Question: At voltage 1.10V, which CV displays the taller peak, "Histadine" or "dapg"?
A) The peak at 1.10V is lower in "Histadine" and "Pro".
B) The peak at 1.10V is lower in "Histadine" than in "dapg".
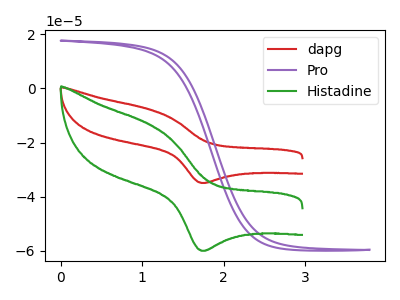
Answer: <think>The red curve "dapg" has an anodic peak at (1.10V, -7.80uA) and a cathodic peak at (1.75V, -34.90uA). The purple curve "Pro" has no peaks. The green curve "Histadine" has an anodic peak at (1.10V, -13.40uA) and a cathodic peak at (1.75V, -60.00uA).</think>
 <answer>B) The peak at 1.10V is lower in "Histadine" than in "dapg".</answer>
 <eval>B</eval>